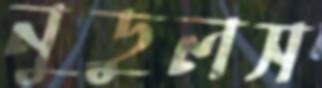
নুডুলস